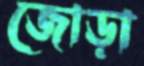
জোড়া